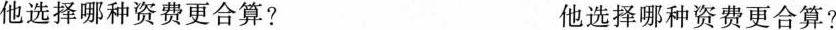
他选择哪种资费更合算? 他选择哪种资费更合算?